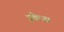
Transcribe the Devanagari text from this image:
इकेजा